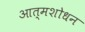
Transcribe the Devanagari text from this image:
आत्मशोधन